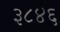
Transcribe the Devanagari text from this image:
३८४६